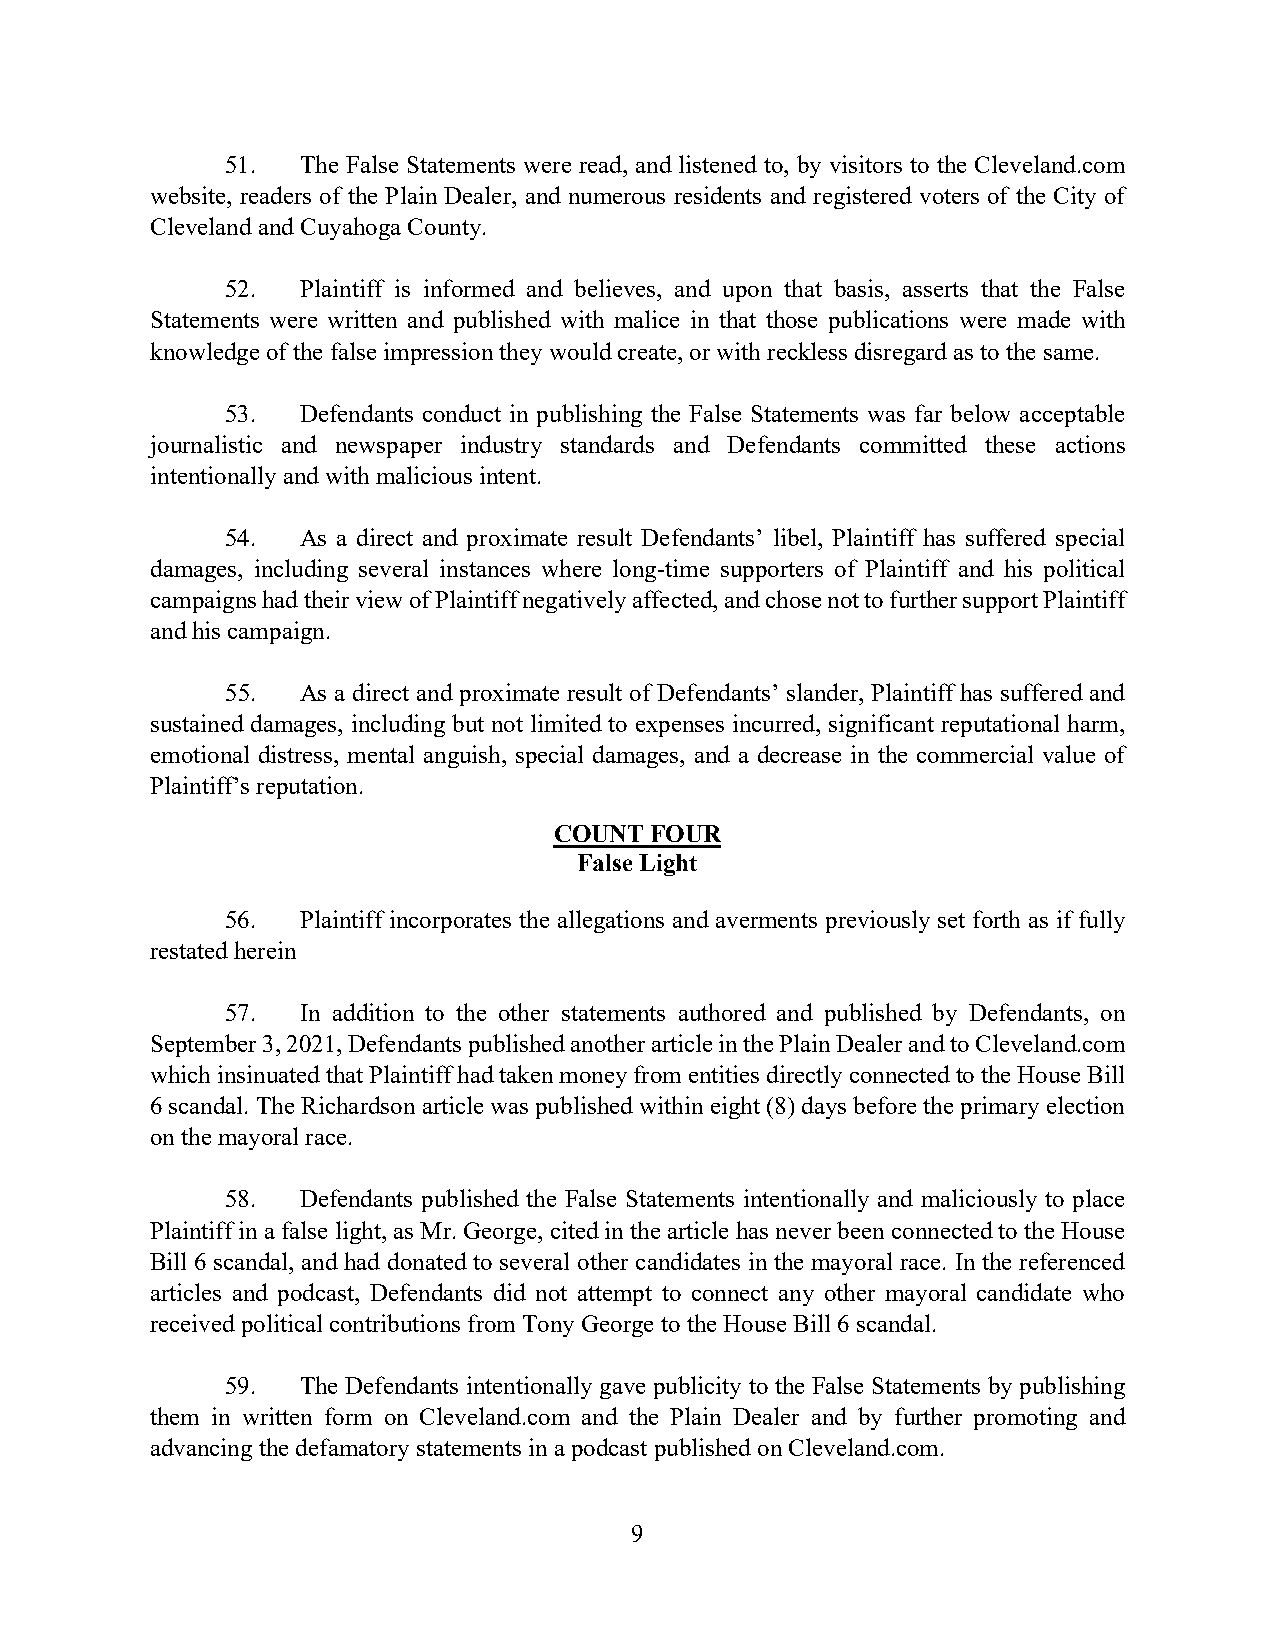
51.  The False Statements were read, and listened to, by visitors to the Cleveland.com
 website, readers of the Plain Dealer, and numerous residents and registered voters of the City of
 Cleveland and Cuyahoga County.
 52.  Plaintiff is informed and believes, and upon that basis, asserts that the False
 Statements were written and published with malice in that those publications were made with
 knowledge of the false impression they would create, or with reckless disregard as to the same.
 53.  Defendants conduct in publishing the False Statements was far below acceptable
 journalistic and newspaper industry standards and Defendants committed these actions
 intentionally and with malicious intent.
 54.  As a direct and proximate result Defendants’ libel, Plaintiff has suffered special
 damages, including several instances where long-time supporters of Plaintiff and his political
 campaigns had their view of Plaintiff negatively affected, and chose not to further support Plaintiff
 and his campaign.
 55.  As a direct and proximate result of Defendants’ slander, Plaintiff has suffered and
 sustained damages, including but not limited to expenses incurred, significant reputational harm,
 emotional distress, mental anguish, special damages, and a decrease in the commercial value of
 Plaintiff’s reputation.
 COUNT FOUR
 False Light
 56.  Plaintiff incorporates the allegations and averments previously set forth as if fully
 restated herein
 57.  In addition to the other statements authored and published by Defendants, on
 September 3, 2021, Defendants published another article in the Plain Dealer and to Cleveland.com
 which insinuated that Plaintiff had taken money from entities directly connected to the House Bill
 6 scandal. The Richardson article was published within eight (8) days before the primary election
 on the mayoral race.
 58.  Defendants published the False Statements intentionally and maliciously to place
 Plaintiff in a false light, as Mr. George, cited in the article has never been connected to the House
 Bill 6 scandal, and had donated to several other candidates in the mayoral race. In the referenced
 articles and podcast, Defendants did not attempt to connect any other mayoral candidate who
 received political contributions from Tony George to the House Bill 6 scandal.
 59.  The Defendants intentionally gave publicity to the False Statements by publishing
 them in written form on Cleveland.com and the Plain Dealer and by further promoting and
 advancing the defamatory statements in a podcast published on Cleveland.com.
 9